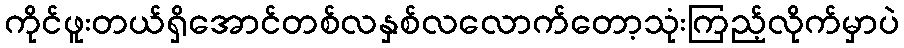
ကိုင်ဖူးတယ်ရှိအောင်တစ်လနှစ်လလောက်တော့သုံးကြည့်လိုက်မှာပဲ